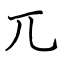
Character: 兀